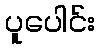
ပူပေါင်း